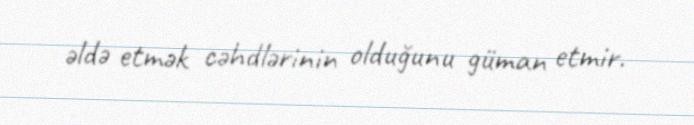
əldə etmək cəhdlərinin olduğunu güman etmir.